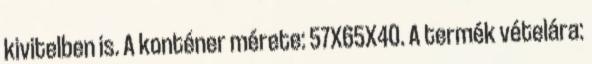
kivitelben is. A konténer mérete: 57X65X40. A termék vételára: